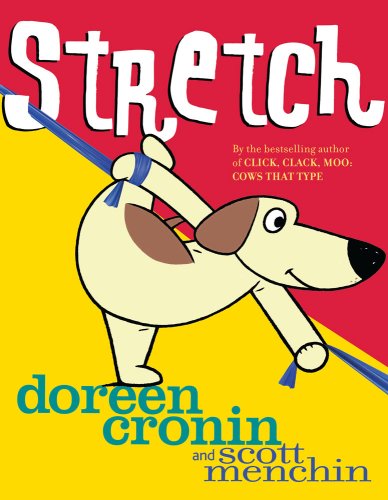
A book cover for Stretch; Doreen Cronin; Health, Fitness & Dieting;